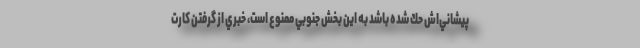
پيشاني‌اش حك شده باشد به اين بخش جنوبي ممنوع است، خبري از گرفتن كارت